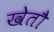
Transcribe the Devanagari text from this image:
खेतौ